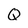
Character: Q